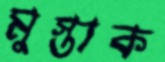
মুস্তাক